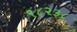
૧૮૨૩૮